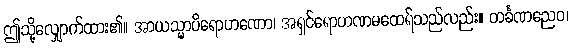
ဤသို့လျှောက်ထား၏။ အာယသ္မာပိရောဟဏော၊ အရှင်ရောဟဏမထေရ်သည်လည်း။ တင်္ခဏညေဝ၊